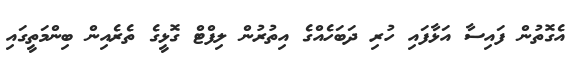
އެގޮތުން ފައިސާ އަޅާފައި ހުރި ދަބަހެއްގެ އިތުރުން ލިފްޓް ގޮޅީގެ ތެރެއިން ބިންމަތީގައި